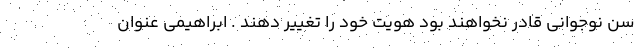
سن نوجوانی قادر نخواهند بود هویت خود را تغییر دهند . ابراهیمی عنوان